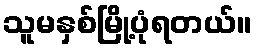
သူမနှစ်မြို့ပုံရတယ်။